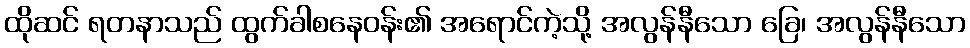
ထိုဆင် ရတနာသည် ထွက်ခါစနေဝန်း၏ အရောင်ကဲ့သို့ အလွန်နီသော ခြေ၊ အလွန်နီသော